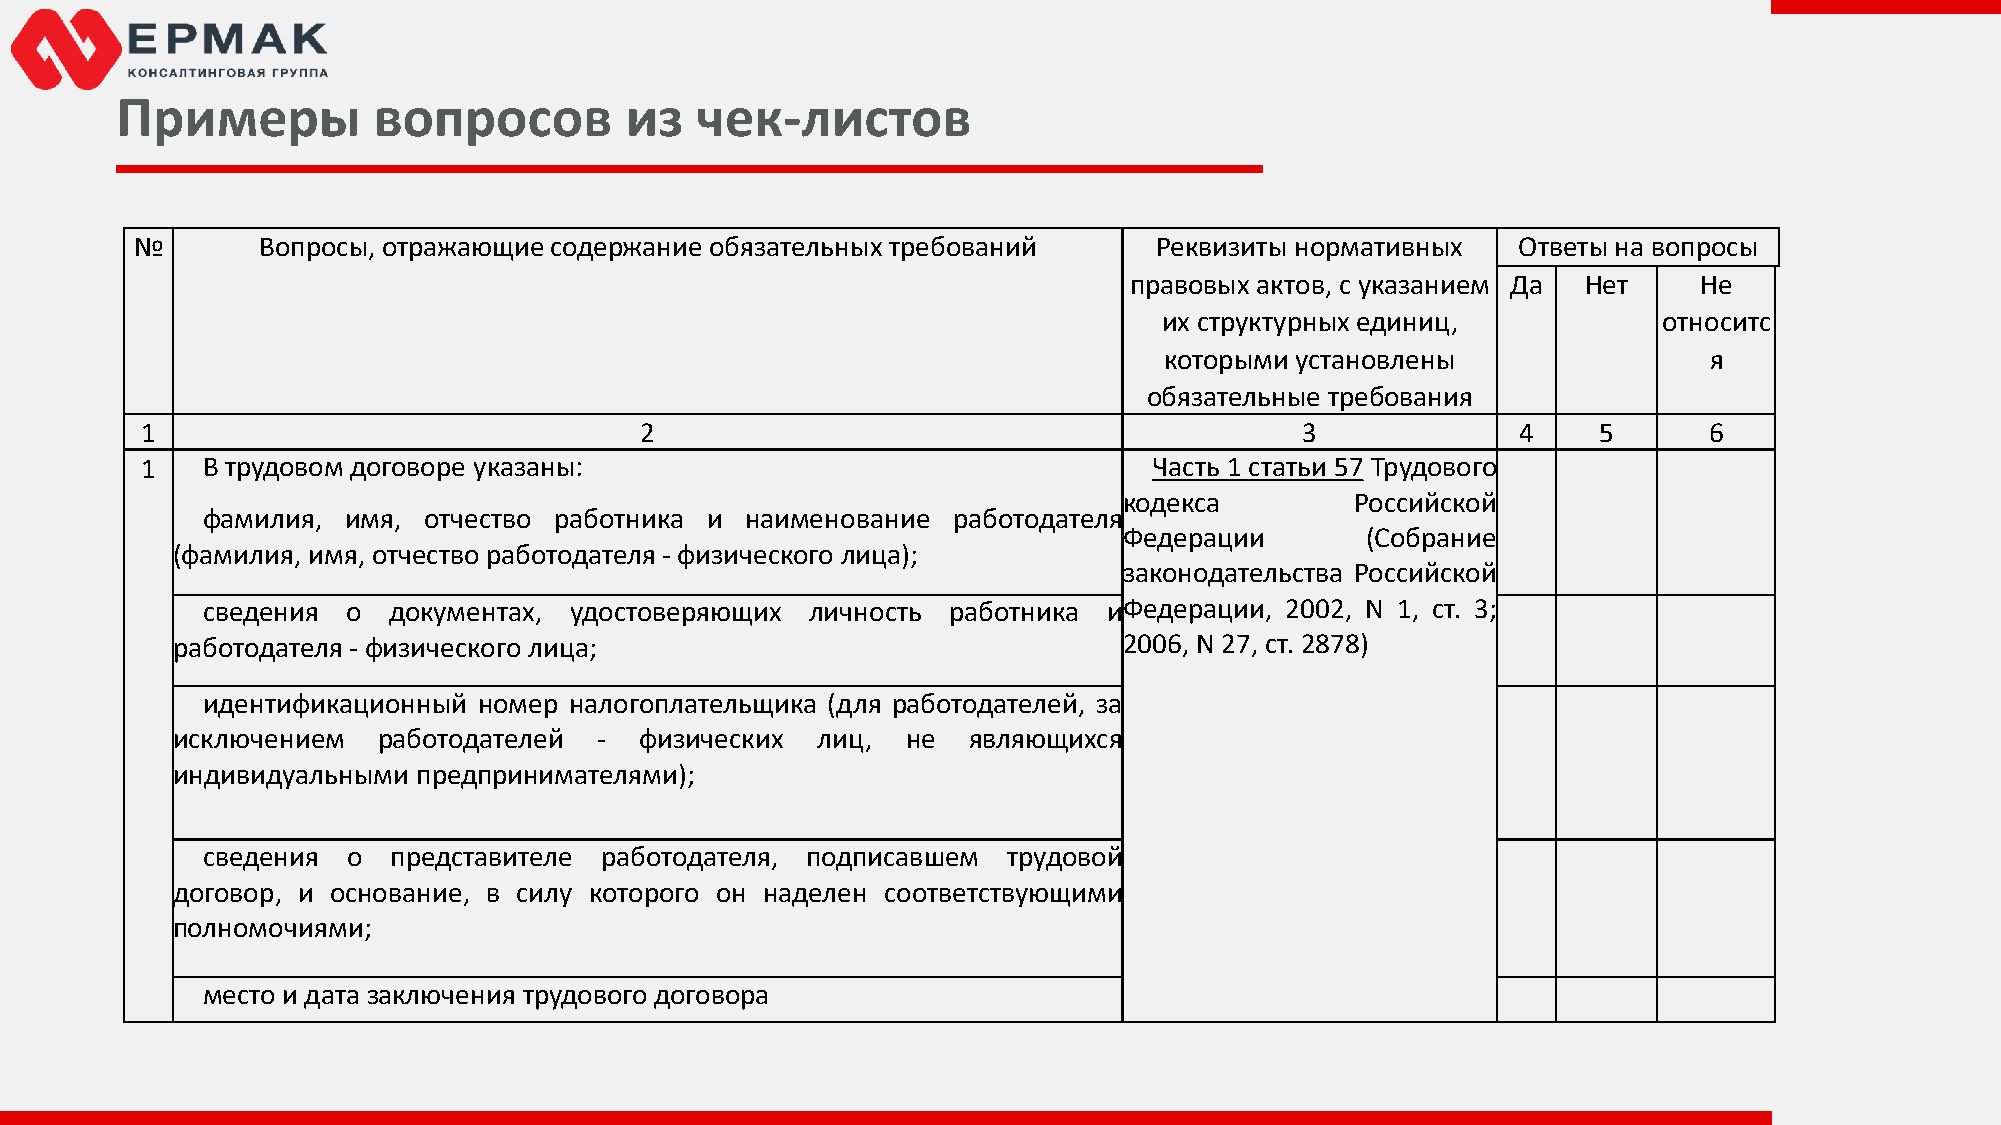
Примеры          вопросов        из   чек-листов
 №       Вопросы, отражающие содержание обязательных требований     Реквизиты нормативных   Ответы на вопросы
 правовых актов, с указанием Да Нет   Не
 их структурных единиц,           относитс
 которыми установлены                я
 обязательные требования
 1                                2                                           3              4    5      6
 1   В трудовом договоре указаны:                                   Часть 1 статьи 57 Трудового
 кодекса         Российской
 фамилия,  имя, отчество работника и наименование  работодателя
 Федерации       (Собрание
 (фамилия, имя, отчество работодателя - физического лица);
 законодательства Российской
 сведения  о  документах, удостоверяющих  личность работника иФедерации, 2002, N 1, ст. 3;
 работодателя - физического лица;                               2006, N 27, ст. 2878)
 идентификационный  номер налогоплательщика (для работодателей, за
 исключением   работодателей  - физических  лиц,  не  являющихся
 индивидуальными  предпринимателями);
 сведения  о  представителе работодателя, подписавшем  трудовой
 договор, и основание, в силу которого он наделен соответствующими
 полномочиями;
 место и дата заключения трудового договора